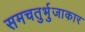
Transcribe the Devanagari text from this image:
समचतुर्भुजाकार